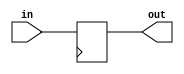
module regr (
	input wire [N-1:0] in,
	output reg [N-1:0] out);

	parameter N = 1;

	always @(posedge clk) begin
			out <= in;
	end
endmodule